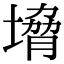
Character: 㙝